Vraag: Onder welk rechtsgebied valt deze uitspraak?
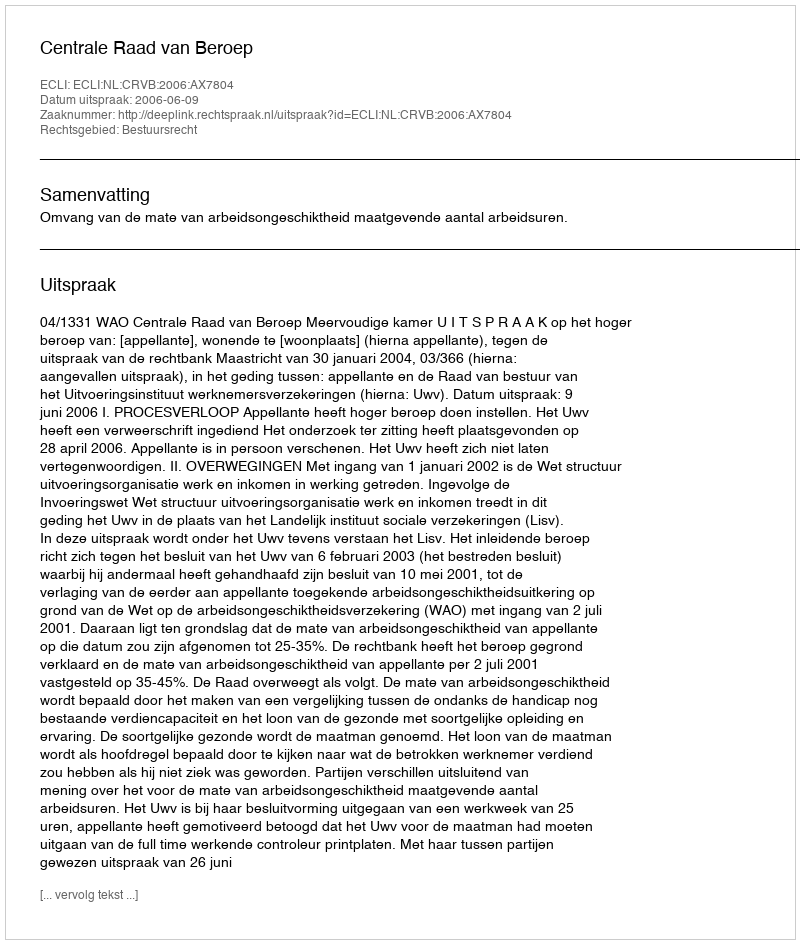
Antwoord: Bestuursrecht